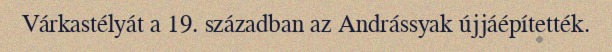
Várkastélyát a 19. században az Andrássyak újjáépítették.